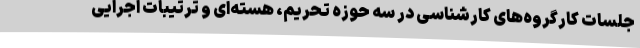
جلسات کارگروه‌های کارشناسی در سه حوزه تحریم، هسته‌ای و ترتیبات اجرایی